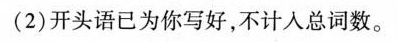
(2)开头语已为你写好，不计入总词数。